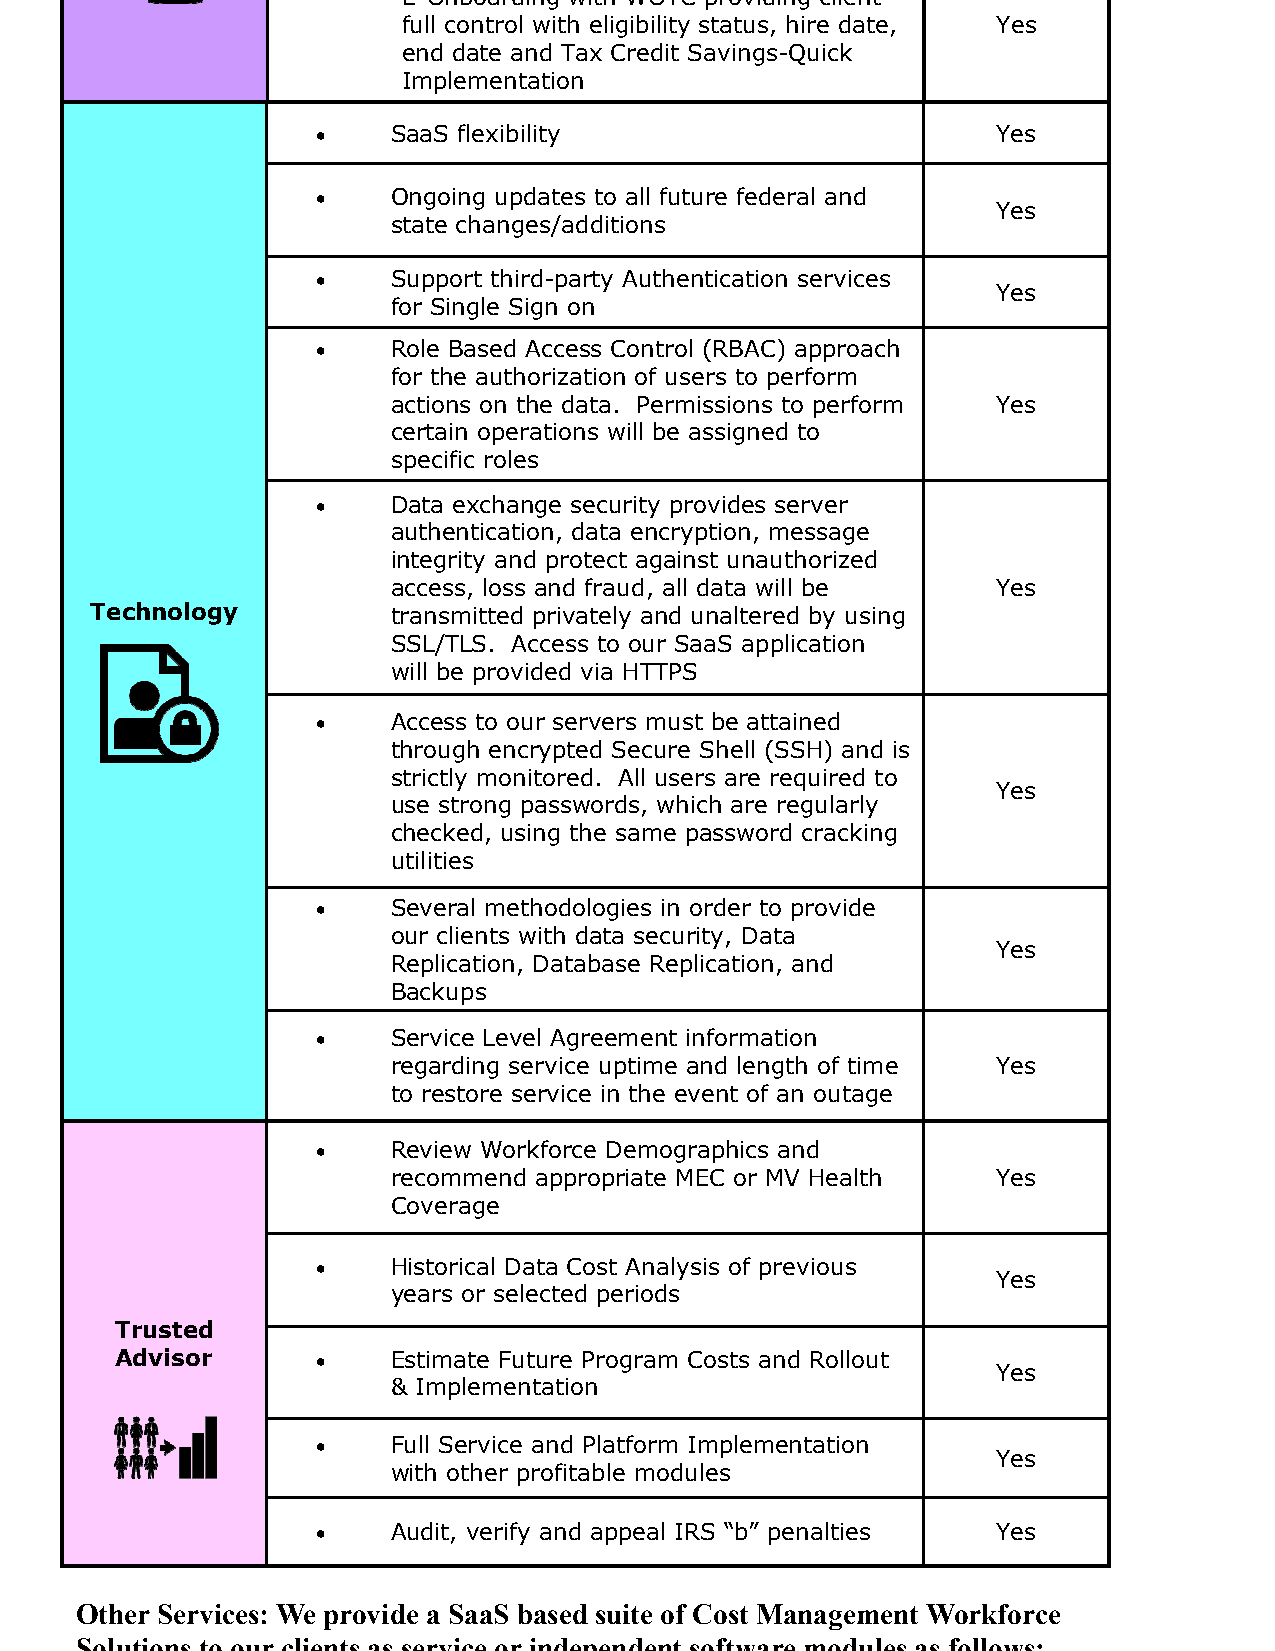
E-Onboarding with WOTC providing client
 full control with eligibility status, hire date, Yes
 end date and Tax Credit Savings-Quick
 Implementation
 •    SaaS flexibility                        Yes
 •    Ongoing updates to all future federal and
 Yes
 state changes/additions
 •    Support third-party Authentication services
 Yes
 for Single Sign on
 •    Role Based Access Control (RBAC) approach
 for the authorization of users to perform
 actions on the data. Permissions to perform Yes
 certain operations will be assigned to
 specific roles
 •    Data exchange security provides server
 authentication, data encryption, message
 integrity and protect against unauthorized
 access, loss and fraud, all data will be Yes
 Technology          transmitted privately and unaltered by using
 SSL/TLS. Access to our SaaS application
 will be provided via HTTPS
 •    Access to our servers must be attained
 through encrypted Secure Shell (SSH) and is
 strictly monitored. All users are required to
 Yes
 use strong passwords, which are regularly
 checked, using the same password cracking
 utilities
 •    Several methodologies in order to provide
 our clients with data security, Data
 Yes
 Replication, Database Replication, and
 Backups
 •    Service Level Agreement information
 regarding service uptime and length of time Yes
 to restore service in the event of an outage
 •    Review Workforce Demographics and
 recommend appropriate MEC or MV Health  Yes
 Coverage
 •    Historical Data Cost Analysis of previous
 Yes
 years or selected periods
 Trusted
 Advisor      •    Estimate Future Program Costs and Rollout
 Yes
 & Implementation
 •    Full Service and Platform Implementation
 Yes
 with other profitable modules
 •    Audit, verify and appeal IRS “b” penalties Yes
 Other Services: We provide a SaaS based suite of Cost Management Workforce
 Solutions to our clients as service or independent software modules as follows;